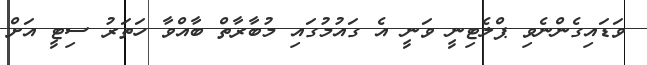
ވަޑައިގެންނެވި ޕްލެޓިނީ ވަނީ އެ ގައުމުގައި މުބާރާތް ބާއްވާ ހަތަރު ސިޓީ އަށް